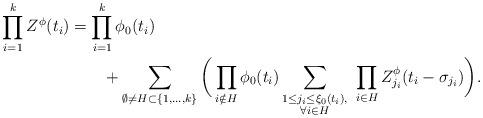
LaTeX: \begin{align*}\prod_{i=1}^k Z^{\phi}(t_i)&=\prod_{i=1}^k\phi_0(t_i)\\&\qquad+\sum_{\emptyset\neq H\subset\{1,\dots,k\}}\bigg(\prod_{i\notin H}\phi_0(t_i)\sum_{\substack{1\le j_i\le \xi_0(t_i),\\\forall i\in H}}\ \prod_{i\in H} Z^{\phi}_{j_i}(t_i-\sigma_{j_i})\bigg).\end{align*}